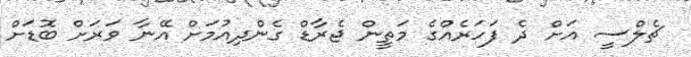
ޗެލްސީ އަށް ދެ ފަހަރެއްގެ މަތީން ޖެރާޑް ގެންދިއުމަށް އޭނާ ވަރަށް ބޮޑަށް